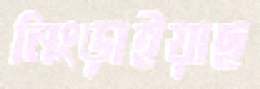
নিংড়াইয়াছ